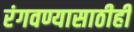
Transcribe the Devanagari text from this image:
रंगवण्यासाठीही